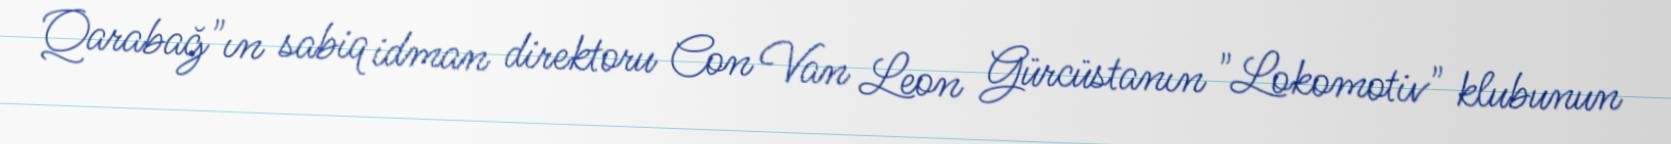
Qarabağ"ın sabiq idman direktoru Con Van Leon Gürcüstanın "Lokomotiv" klubunun